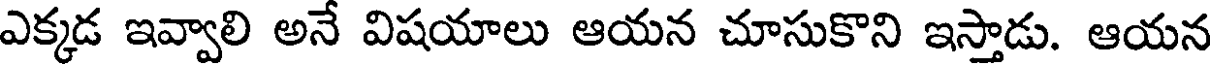
ఎక్కడ ఇవ్వాలి అనే విషయాలు ఆయన చూసుకొని ఇస్తాడు. ఆయన